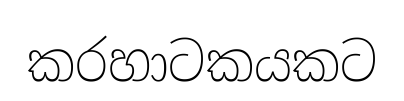
කරහාටකයකට